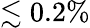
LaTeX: \lesssim 0.2\%